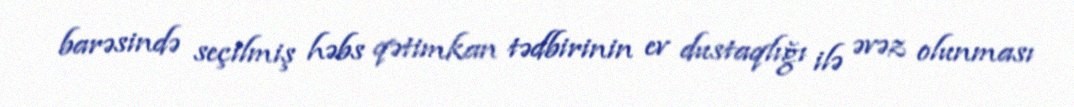
barəsində seçilmiş həbs qətimkan tədbirinin ev dustaqlığı ilə əvəz olunması